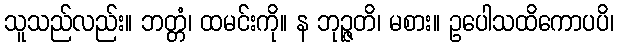
သူသည်လည်း။ ဘတ္တံ၊ ထမင်းကို။ န ဘုဉ္ဇတိ၊ မစား။ ဥပေါသထိကောပပိ၊